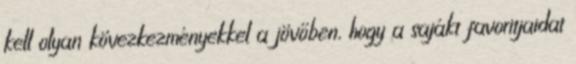
kell olyan kövezkezményekkel a jövőben, hogy a sajákt favoritjaidat